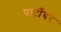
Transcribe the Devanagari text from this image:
पार्टीवर